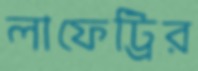
লাফেট্রির